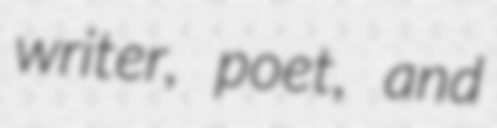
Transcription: writer, poet, and